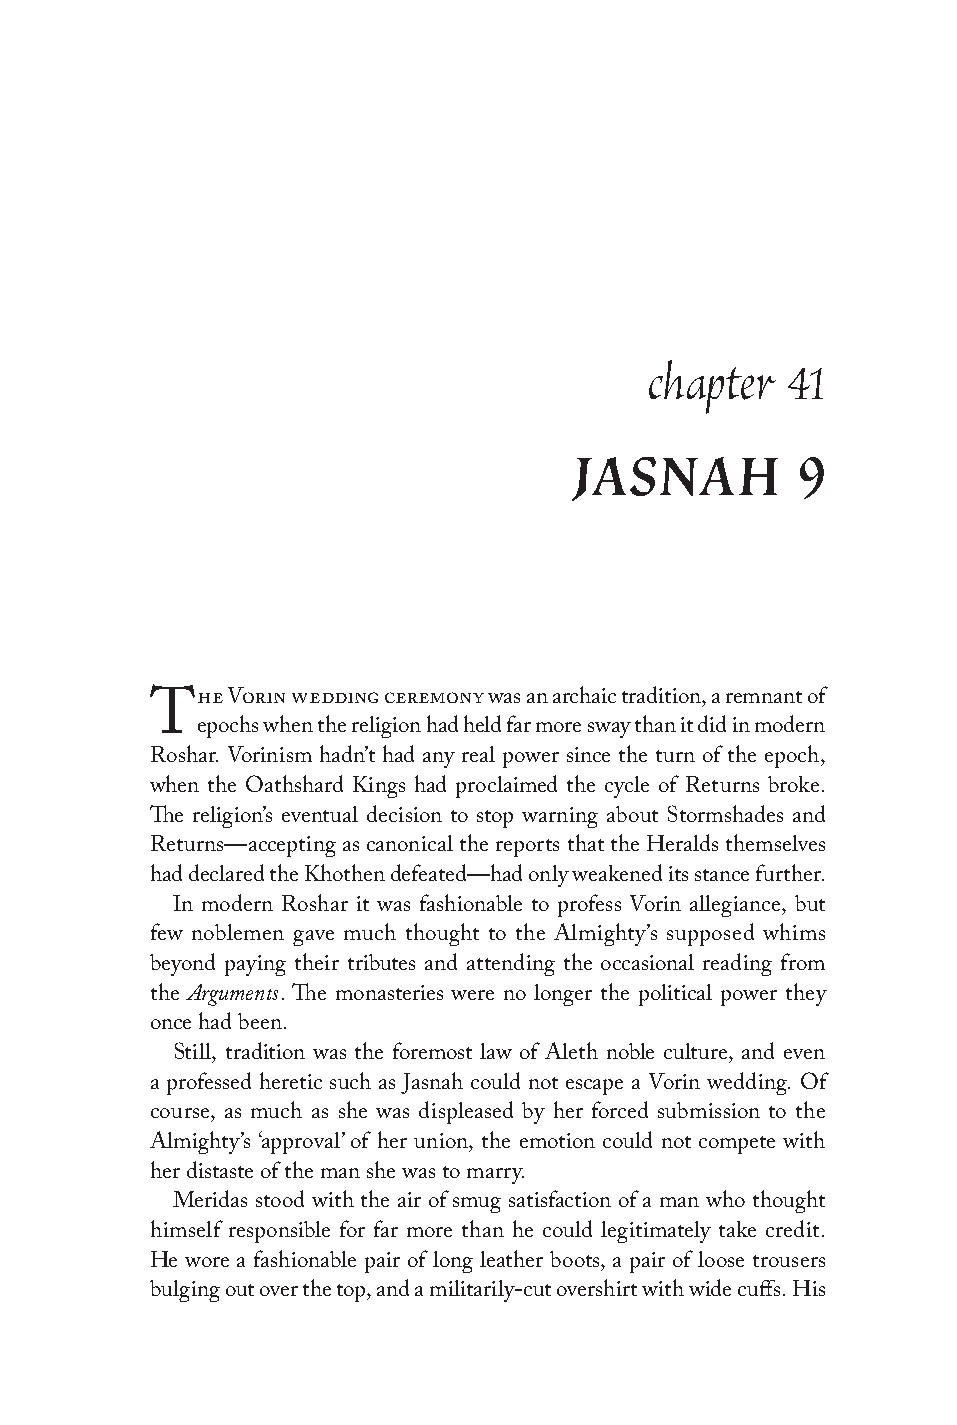
chapter  41
 JASNAH         9
 he Vorin wedding ceremony was an archaic tradition, a remnant of
 T
 epochs when the religion had held far more sway than it did in modern
 Roshar. Vorinism hadn’t had any real power since the turn of the epoch,
 when the Oathshard Kings had proclaimed the cycle of Returns broke.
 The religion’s eventual decision to stop warning about Stormshades and
 Returns—accepting as canonical the reports that the Heralds themselves
 had declared the Khothen defeated—had only weakened its stance further.
 In modern Roshar it was fashionable to profess Vorin allegiance, but
 few noblemen gave much thought to the Almighty’s supposed whims
 beyond paying their tributes and attending the occasional reading from
 Arguments
 the      . The monasteries were no longer the political power they
 once had been.
 Still, tradition was the foremost law of Aleth noble culture, and even
 a professed heretic such as Jasnah could not escape a Vorin wedding. Of
 course, as much as she was displeased by her forced submission to the
 Almighty’s ‘approval’ of her union, the emotion could not compete with
 her distaste of the man she was to marry.
 Meridas stood with the air of smug satisfaction of a man who thought
 himself responsible for far more than he could legitimately take credit.
 He wore a fashionable pair of long leather boots, a pair of loose trousers
 bulging out over the top, and a militarily-cut overshirt with wide cuffs. His